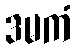
ဒမကံ